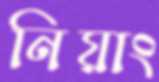
নিয়াং